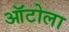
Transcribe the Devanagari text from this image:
ऑटोला